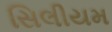
સિલીયમ